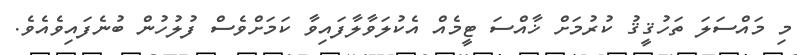
މި މައްސަލަ ތަހުޤީޤު ކުރުމަށް ޚާއްސަ ޓީމެއް އެކުލަވާލާފައިވާ ކަމަށްވެސް ފުލުހުން ބުނެފައިވެއެވެ.